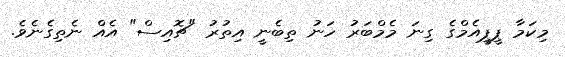
މިކަމާ ޕީޕީއެމްގެ ގިނަ މެމްބަރު ހަނު ތިބެނީ އިތުރު "ޗޮއިސް" އެއް ނެތިގެނެވެ.